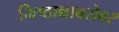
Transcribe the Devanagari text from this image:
मिष्ठान्नाबरोबर